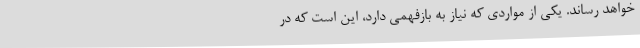
خواهد رساند. یکی از مواردی که نیاز به بازفهمی دارد، این است که در